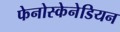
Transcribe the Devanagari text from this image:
फेनोस्केनेडियन